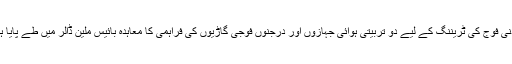
اردنی فوج کی ٹریننگ کے لیے دو تربیتی ہوائی جہازوں اور درجنوں فوجی گاڑیوں کی فراہمی کا معاہدہ بائیس ملین ڈالر میں طے پایا ہے۔